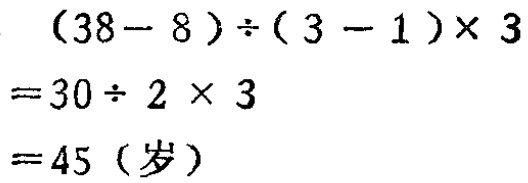
\[

\begin{align*}

&(38 - 8)\div(3 - 1)\times3\\

=&30\div2\times3\\

=&45 (\text{岁})

\end{align*}

\]